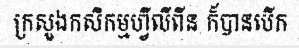
ក្រសួងកសិកម្មហ្វីលីពីន ក៏បានបើក